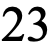
23